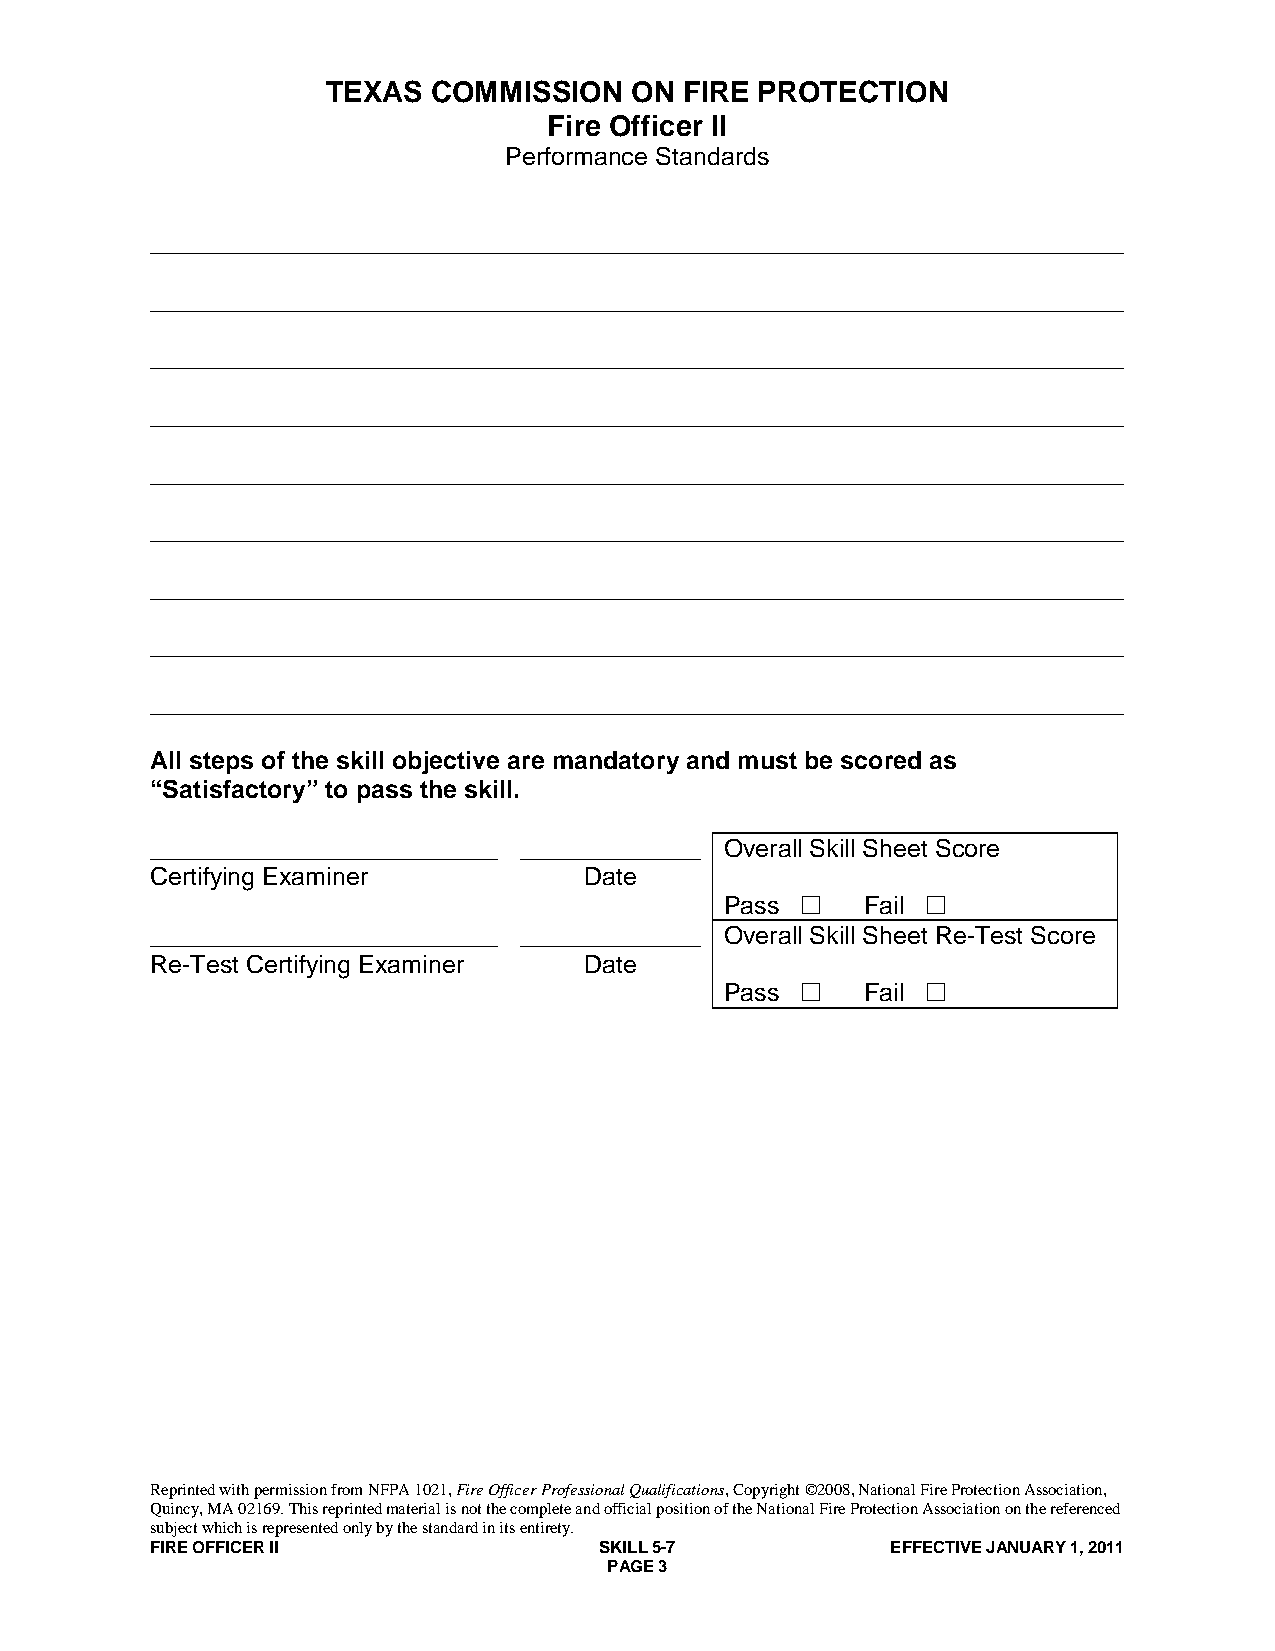
TEXAS  COMMISSION   ON FIRE PROTECTION
 Fire Officer II
 Performance Standards
 ______________________________________________________________________
 ______________________________________________________________________
 ______________________________________________________________________
 ______________________________________________________________________
 ______________________________________________________________________
 ______________________________________________________________________
 ______________________________________________________________________
 ______________________________________________________________________
 ______________________________________________________________________
 All steps of the skill objective are mandatory and must be scored as
 “Satisfactory” to pass the skill.
 _________________________ _____________ Overall Skill Sheet Score
 Certifying Examiner          Date
 Pass    Fail 
 _________________________ _____________ Overall Skill Sheet Re-Test Score
 Re-Test Certifying Examiner  Date
 Pass    Fail 
 Reprinted with permission from NFPA 1021, Fire Officer Professional Qualifications, Copyright ©2008, National Fire Protection Association,
 Quincy, MA 02169. This reprinted material is not the complete and official position of the National Fire Protection Association on the referenced
 subject which is represented only by the standard in its entirety.
 FIRE OFFICER II               SKILL 5-7          EFFECTIVE JANUARY 1, 2011
 PAGE 3